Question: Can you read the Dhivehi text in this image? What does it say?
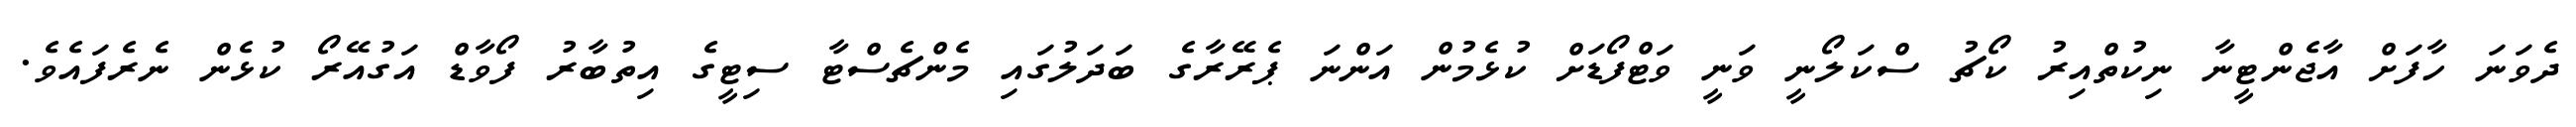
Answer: ދެވަނަ ހާފަށް އާޖެންޓީނާ ނިކުތްއިރު ކޯޗު ސްކަލޯނީ ވަނީ ވަޓްފޯޑަށް ކުޅެމުން އަންނަ ޕެރޭރާގެ ބަދަލުގައި މެންޗެސްޓާ ސިޓީގެ އިތުބާރު ފޯވާޑް އަގުއޭރޯ ކުޅެން ނެރެފައެވެ.